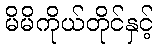
မိမိကိုယ်တိုင်နှင့်